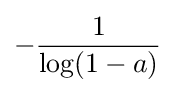
-{\frac {1}{\log(1-a)}}